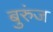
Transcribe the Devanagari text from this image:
बुरुंज